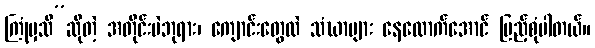
ကြုံမှသိ”ဆိုတဲ့ အတိုင်းပဲဘုရား၊ ကျောင်းတွေလဲ သံဃာများ နေလောက်အောင် ပြည့်စုံပါတယ်။